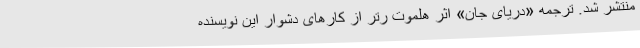
منتشر شد. ترجمه «دریای جان» اثر هلموت رتر از کارهای دشوار این نویسنده